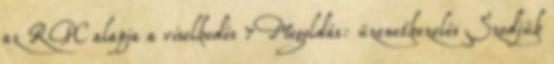
az RPC alapja a viselkedés 7 Megoldás: üzenetkezelés Szedjük